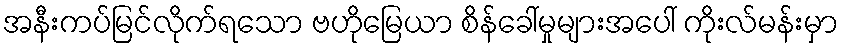
အနီးကပ်မြင်လိုက်ရသော ဗဟိုမြေယာ စိန်ခေါ်မှုများအပေါ် ကိုးလ်မန်းမှာ